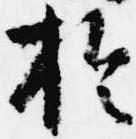
於